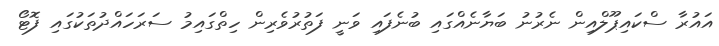
އައުރާ ސްކައިޕޫލްއިން ނެރުނު ބަޔާނެއްގައި ބުނެފައި ވަނީ ފަތުރުވެރިން ހިތްގައިމު ސަރަހައްދުތަކުގައި ފޮޓޯ